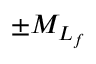
\pm M _ { L _ { f } }